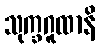
သုက္ခဂူထာနိ